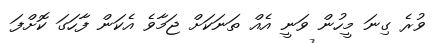
ވުރެ ގިނަ މީހުން ވަނީ އެއް ތަނަކަށް ޖަމާވެ އެކަން ފާހަގަ ކޮށްފަ